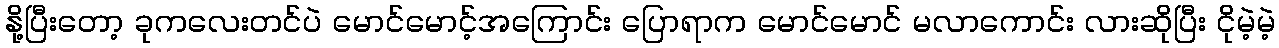
နို့ပြီးတော့ ခုကလေးတင်ပဲ မောင်မောင့်အကြောင်း ပြောရာက မောင်မောင် မလာကောင်း လားဆိုပြီး ငိုမဲ့မဲ့